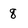
Character: 8